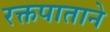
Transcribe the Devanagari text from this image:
रक्तपाताने